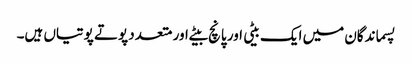
پسماندگان میں ایک بیٹی اور پانچ بیٹے اور متعدد پوتے پوتیاں ہیں۔